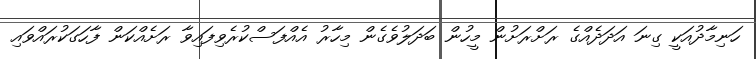
ހަނިމާދުއަކީ ގިނަ އަދަދެއްގެ ރަށްރަށުން މީހުން ބަދަލުވެގެން މިހާރު އެއްފަސްކުރެވިފައިވާ ރަށެއްކަން ފާހަގަކުރައްވައި